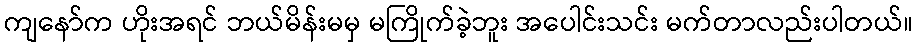
ကျနော်က ဟိုးအရင် ဘယ်မိန်းမမှ မကြိုက်ခဲ့ဘူး အပေါင်းသင်း မက်တာလည်းပါတယ်။